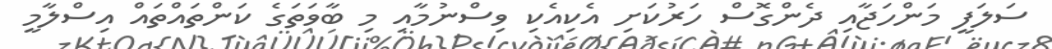
ސަލަފީ މަންހަޖާއި ދެންގޮސް ހަރުކަށި އެކިއެކި ވިސްނުމާއި މި ބާވަތަގެ ކަންތައްތައް އިސްލާމީ